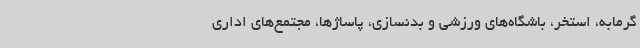
گرمابه، استخر، باشگاه‌های ورزشی و بدنسازی، پاساژها، مجتمع‌های اداری